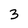
Character: 3